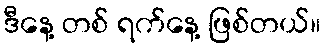
ဒီနေ့ တစ် ရက်နေ့ ဖြစ်တယ်။